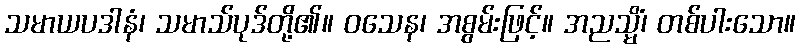
သမာယပဒါနံ၊ သမာသ်ပုဒ်တို့၏။ ဝသေန၊ အစွမ်းဖြင့်။ အညသ္မိံ၊ တစ်ပါးသော။